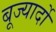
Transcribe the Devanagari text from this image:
बूज्यार्दो